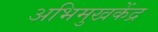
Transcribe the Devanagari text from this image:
अभिमुखकेंद्र